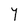
Character: Y